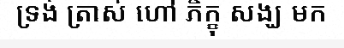
ទ្រង់ ត្រាស់ ហៅ ភិក្ខុ សង្ឃ មក